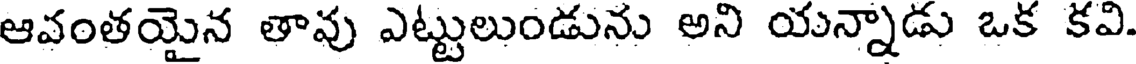
ఆవంతయైన తావు ఎట్టులుండును అని యన్నాడు ఒక కవి